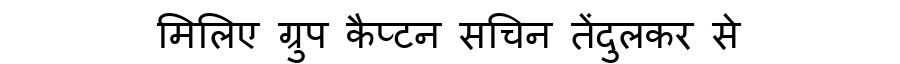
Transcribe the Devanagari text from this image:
मिलिए ग्रुप कैप्टन सचिन तेंदुलकर से